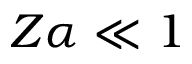
Z \alpha \ll 1